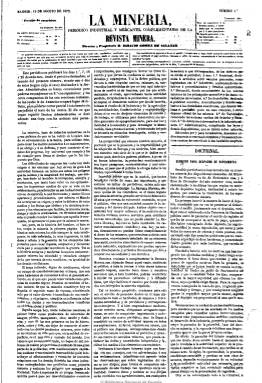
Título: La Minería (Madrid)
Colección: Industria || Periódicos
Ámbito geográfico: Madrid
Lugar de publicación: Madrid
Fechas: 15/08/1872-23/12/1874

Subtitulado como ‘periódico industrial y mercantil, complementario de la Revista minera’, es una publicación suplementaria que se tira aparte de esta, cuatro veces al mes, con numeración propia y cuatro páginas por número, aunque algunos de estos tienen sólo dos páginas, al editarse otras dos bajo el epígrafe “Sección administrativa”. Su director y propietario es Ignacio Gómez de Salazar.

Su objeto es el fomento y desarrollo de la industria minera española y está dividida en secciones fijas. La primera, la doctrinal, que da cobijo a artículos de fondo sobre esta actividad industrial y mercantil, sus técnicas y ciencias y legislación, etc. Le siguen la mercantil, sobre los precios de los metales y otras materias primas en los mercados internacionales; la industrial, sobre descripción de las diferentes sustancias minerales y otros productos químicos y materias primas, como el petróleo; la dedicada al mercado minero español y sus cotizaciones; otra destinada a las diferentes sociedades mercantiles de extracción, fundición y comercialización; la referente a legislación, así como la de variedades y revista de prensa, la bibliográfica y la de anuncios, con informaciones sobre maquinaria, transporte, subastas de sociedades y actividad profesional de los ingenieros, etc.

Junto a Revista minera (1850-1874), se refundirá para formar un nuevo título: Revista minera, científica, industrial y mercantil (1875-1882)